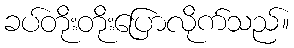
ခပ်တိုးတိုးပြောလိုက်သည်။